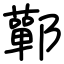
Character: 鄿